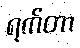
ရက်တာ